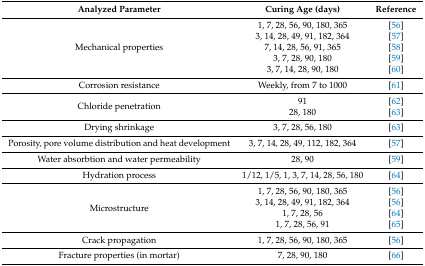
<table><thead><tr><td><b>Analyzed Parameter</b></td><td><b>Curing Age (days)</b></td><td><b>Reference</b></td></tr></thead><tbody><tr><td rowspan="5">Mechanical properties</td><td>1, 7, 28, 56, 90, 180, 365</td><td>[56]</td></tr><tr><td>3, 14, 28, 49, 91, 182, 364</td><td>[57]</td></tr><tr><td>7, 14, 28, 56, 91, 365</td><td>[58]</td></tr><tr><td>3, 7, 28, 90, 180</td><td>[59]</td></tr><tr><td>3, 7, 14, 28, 90, 180</td><td>[60]</td></tr><tr><td>Corrosion resistance</td><td>Weekly, from 7 to 1000</td><td>[61]</td></tr><tr><td rowspan="2">Chloride penetration</td><td>91</td><td>[62]</td></tr><tr><td>28, 180</td><td>[63]</td></tr><tr><td>Drying shrinkage</td><td>3, 7, 28, 56, 180</td><td>[63]</td></tr><tr><td>Porosity, pore volume distribution and heat development</td><td>3, 7, 14, 28, 49, 112, 182, 364</td><td>[57]</td></tr><tr><td>Water absorbtion and water permeability</td><td>28, 90</td><td>[59]</td></tr><tr><td>Hydration process</td><td>1/12, 1/5, 1, 3, 7, 14, 28, 56, 180</td><td>[64]</td></tr><tr><td rowspan="4">Microstructure</td><td>1, 7, 28, 56, 90, 180, 365</td><td>[56]</td></tr><tr><td>3, 14, 28, 49, 91, 182, 364</td><td>[56]</td></tr><tr><td>1, 7, 28, 56</td><td>[64]</td></tr><tr><td>1, 7, 28, 56, 91</td><td>[65]</td></tr><tr><td>Crack propagation</td><td>1, 7, 28, 56, 90, 180, 365</td><td>[56]</td></tr><tr><td>Fracture properties (in mortar)</td><td>7, 28, 90, 180</td><td>[66]</td></tr></tbody></table>